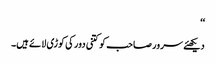
‘‘
دیکھئے سرور صاحب کو کتنی دور کی کوڑی لائے ہیں۔